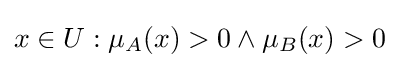
x\in U:\mu _{A}(x)>0\land \mu _{B}(x)>0